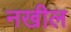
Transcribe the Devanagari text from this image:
नखील